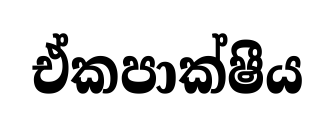
ඒකපාක්ෂීය